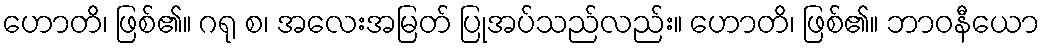
ဟောတိ၊ ဖြစ်၏။ ဂရု စ၊ အလေးအမြတ် ပြုအပ်သည်လည်း။ ဟောတိ၊ ဖြစ်၏။ ဘာဝနီယော